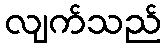
လျက်သည်